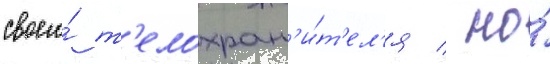
своего́ т'елохран'и́т'ел'я / но́